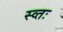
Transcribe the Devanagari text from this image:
स्व्तः